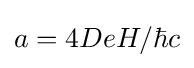
a=4DeH/\hbar c